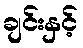
ချင်းနှင့်